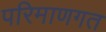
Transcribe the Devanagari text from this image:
परिमाणगत